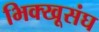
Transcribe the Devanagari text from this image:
भिक्खूसंघ